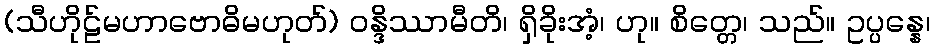
(သီဟိုဠ်မဟာဗောဓိမဟုတ်) ဝန္ဒိဿာမီတိ၊ ရှိခိုးအံ့၊ ဟု။ စိတ္တေ၊ သည်။ ဥပ္ပန္နေ၊